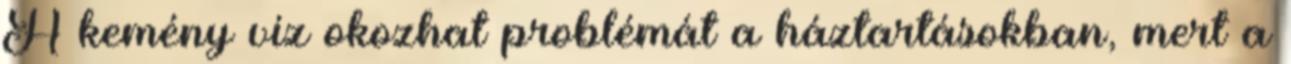
A kemény víz okozhat problémát a háztartásokban, mert a